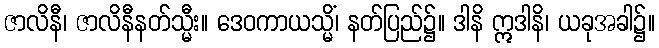
ဇာလိနီ၊ ဇာလိနီနတ်သ္မီး။ ဒေဝကာယသ္မိံ၊ နတ်ပြည်၌။ ဒါနိ ဣဒါနိ၊ ယခုအခါ၌။